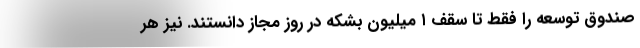
صندوق توسعه را فقط تا سقف ۱ میلیون بشکه در روز مجاز دانستند. نیز هر